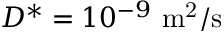
D ^ { * } = 1 0 ^ { - 9 } ~ \mathrm { m ^ { 2 } / s }